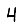
Digit: 4